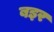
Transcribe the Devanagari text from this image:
बइर